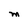
Character: M